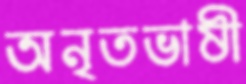
অনৃতভাষী